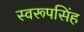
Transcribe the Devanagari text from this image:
स्वरूपसिंह